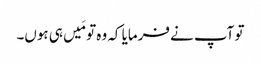
تو آپ نے فرمایا کہ وہ تو مَیں ہی ہوں۔